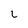
Character: 2